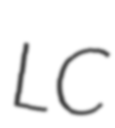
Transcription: LC